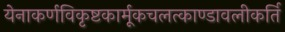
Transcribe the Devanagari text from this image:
येनाकर्णविकृष्टकार्मूकचलत्काण्डावलीकर्ति